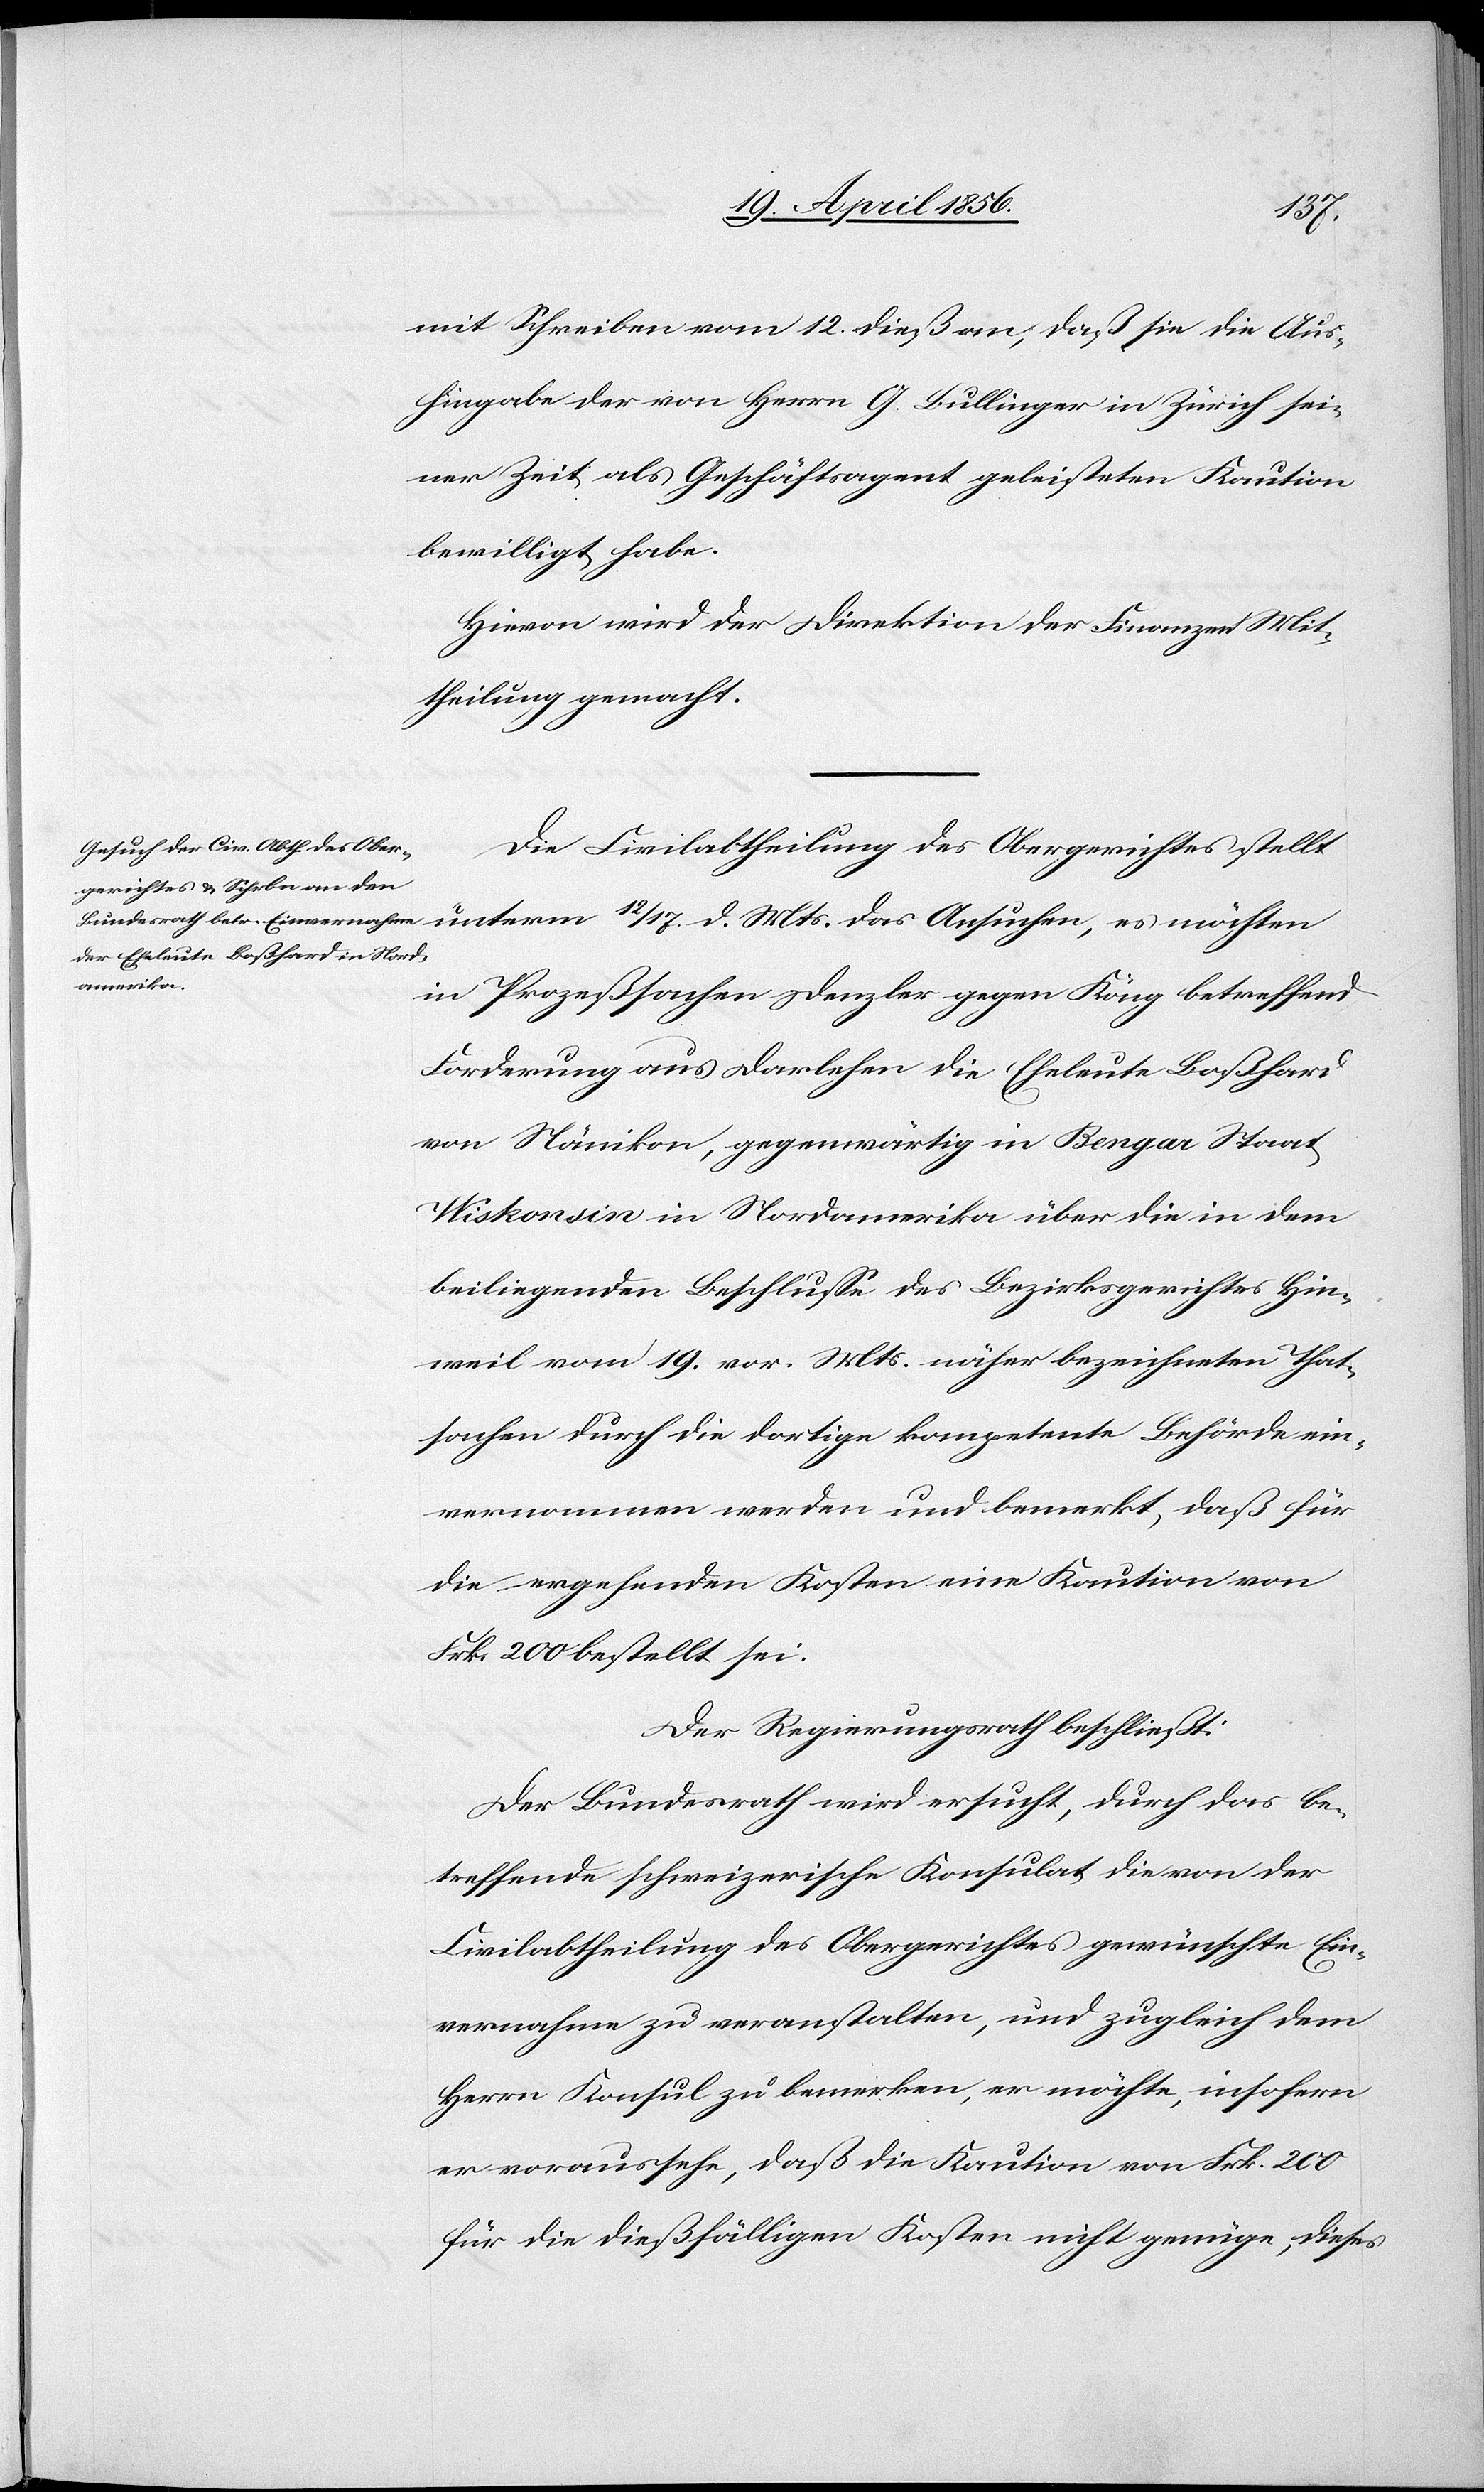
12/17.
mit Schreiben vom 12. dieß an, daß sie die Aus¬
hingabe der von Herrn G. Bullinger in Zürich sei¬
ner Zeit als Geschäftsagent geleisteten Kaution
bewilligt habe.
Hievon wird der Direktion der Finanzen Mit¬
theilung gemacht.
Die Civilabtheilung des Obergerichtes stellt
möchten
in Prozeßsachen Denzler gegen Köng betreffend
Forderung aus Darlehen die Eheleute Boßhard
von Nänikon, gegenwärtig in Bengar Staat
Wiskonsin in Nordamerika über die in dem
beiliegenden Beschlusse des Bezirksrath Hin¬
weil vom 19. vor. Mts. näher bezeichneten That¬
sachen durch die dortige kompetente Behörde ein¬
vernommen werden und bemerkt, daß für
die ergehenden Kosten eine Kaution von
Frk. 200 bestellt sei:
Der Regierungsrath beschließt:
Der Bundesrath wird ersucht, durch das be¬
treffende schweizerische Konsulat die von der
Civilabtheilung des Obergerichtes gewünschte Ein¬
vernahme zu veranstalten, und zugleich dem
Herrn Konsul zu bemerkten, er möchte, insofern
er voraussehe, daß die Kaution von Frk. 200
für die dießfälligen Kosten nicht genüge, dieses